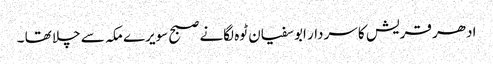
ادھر قریش کا سردار ابوسفیان ٹوہ لگانے صبح سویرے مکہ سے چلا تھا ۔